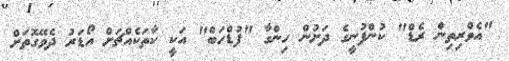
"އެވްރިތިން ރެޑް" ކުންފުނީގެ ދަށުން ހިންގާ "ފުޑްހަބް" އަކީ ކާތަކެއްޗަށް އޯޑަރު ދެވޭގޮތަށް